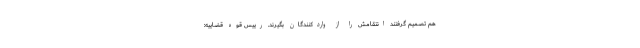
هم تصمیم گرفتند انتقامش را از واردکنندگان بگیرند. رییس قوه قضاییه: